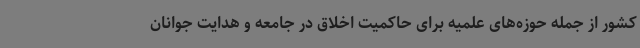
کشور از جمله حوزه‌های علمیه برای حاکمیت اخلاق در جامعه و هدایت جوانان